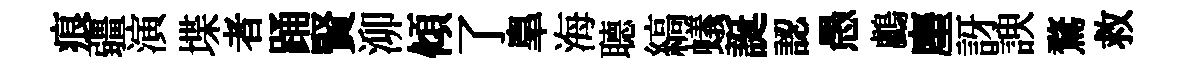
痕疆演堞者踊賢泖傾了臯海𦗟縞蟻誕認愚鸕麈訝諛鶩救